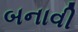
બનાવી